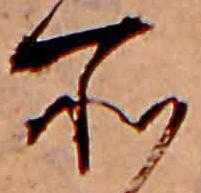
所